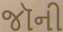
જૉની